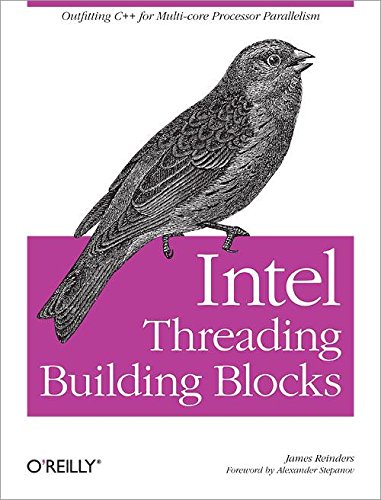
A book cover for Intel Threading Building Blocks: Outfitting C++ for Multi-core Processor Parallelism; James Reinders; Computers & Technology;